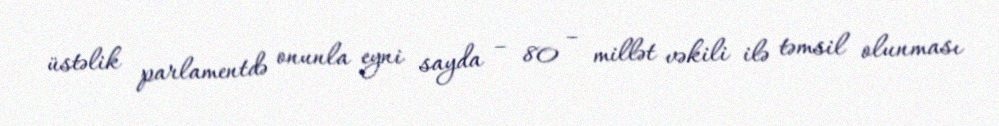
üstəlik parlamentdə onunla eyni sayda – 80 – millət vəkili ilə təmsil olunması